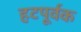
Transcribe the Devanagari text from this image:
हटपूर्वक